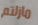
مازلتم